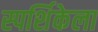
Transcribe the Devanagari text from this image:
स्पर्शिकेला